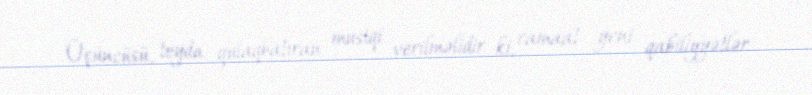
Üçüncüsü, toyda qulaqbatıran musiqi verilməlidir ki, camaat yeni qabiliyyətlər